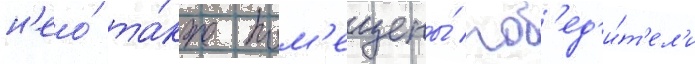
н'ео́ та́кже пом'ещены́ поб'ед'и́т'ел'и